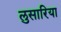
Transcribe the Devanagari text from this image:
लुसारिया